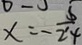
x = - \frac { 5 } { 2 4 }